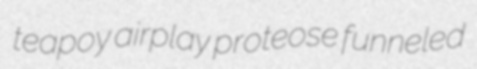
teapoy airplay proteose funneled